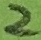
Text: 2